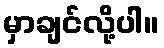
မှာချင်လို့ပါ။